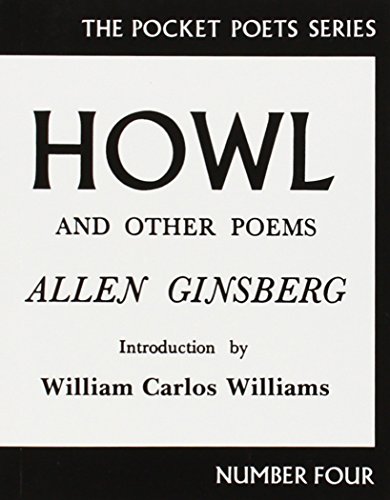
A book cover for Howl and Other Poems (City Lights Pocket Poets, No. 4); Allen Ginsberg; Literature & Fiction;